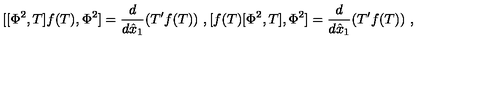
[ [ \Phi ^ { 2 } , T ] f ( T ) , \Phi ^ { 2 } ] = \frac { d } { d \hat { x } _ { 1 } } ( T ^ { \prime } f ( T ) ) \ , [ f ( T ) [ \Phi ^ { 2 } , T ] , \Phi ^ { 2 } ] = \frac { d } { d \hat { x } _ { 1 } } ( T ^ { \prime } f ( T ) ) \ ,